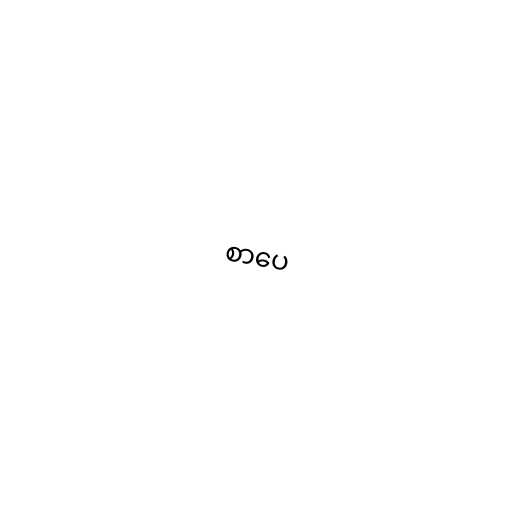
စာပေ